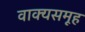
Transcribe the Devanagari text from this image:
वाक्यसमूह